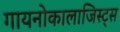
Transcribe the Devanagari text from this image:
गायनोकालाजिस्ट्स